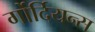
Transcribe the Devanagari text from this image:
र्गोर्दियन्स